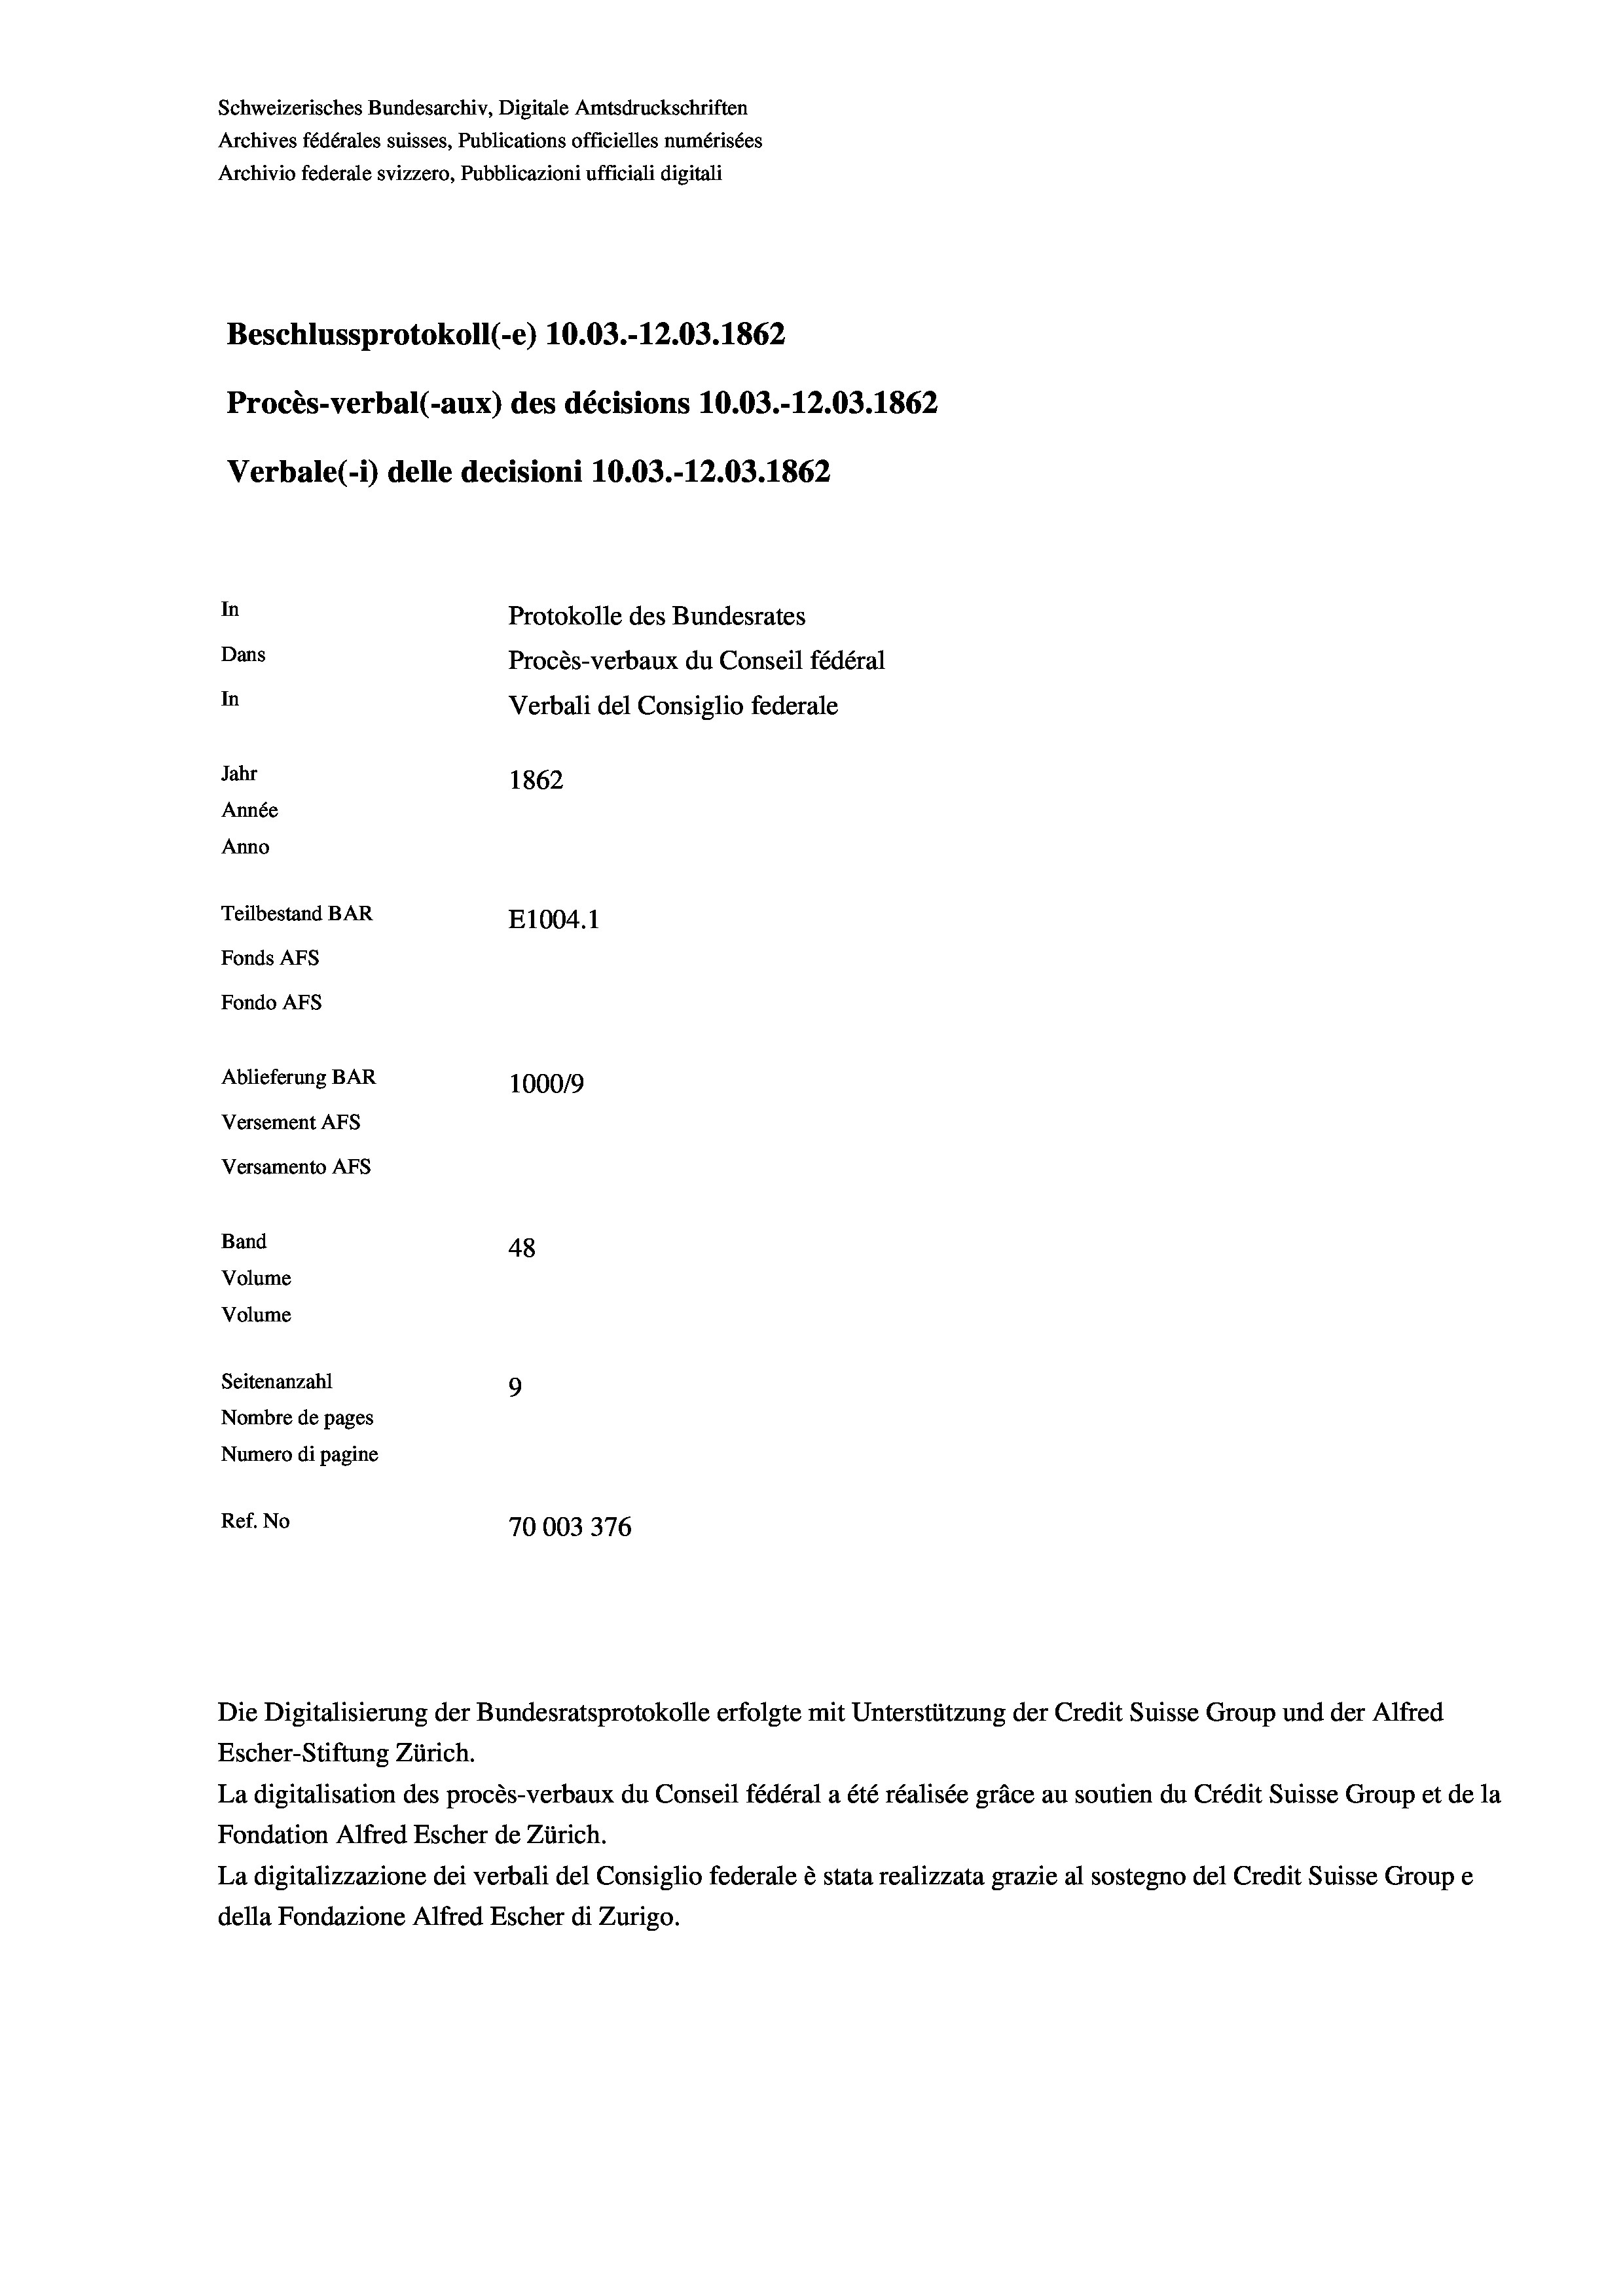
Schweizerisches Bundesarchiv, Digitale Amtsdruckschriften
Archives fédérales suisses, Publications officielles numérisées
Archivio federale svizzero, Pubblicazioni ufficiali digitali
Beschlussprotokoll (-e) 10.03.-12.03. 1862
Procès-verbal (-aux) des décisions 10.03.-12.03. 1862
Verbale (- 1) delle decisioni 10.03.-12.03. 1862
In
Protokolle des Bundesrates
Dans
Procès-verbaux du Conseil fédéral
In
Verbali del Consiglio federale
Jahr
1862
Année
Anno
Teilbestand BAR
E1004.1
Fonds AFs
Fondo Afs
Ablieferung BAR
100019
Versement AFs
Versamento AFs
Band
48
Volume
Volume
Seitenanzahl
9
Nombre de pages
Numero di pagine
Ref. No
70003376

Escher-Stiftung Zürich.
La digitalisation des procès-verbaux du Conseil fédéral a été réalisée gräce au soutien du Crédit Suisse Group et de la
Fondation Alfred Escher de Zürich.
La digitalizzazione dei verbali del Consiglio federale è stata realizzata grazie al sostegno del Credit Suisse Groupe
della Fondazione Alfred Escher di Zurigo.

Die Digitalisierung der Bundesratsprotokolle erfolgte mit Unterstützung der Credit Suisse Group und der Alfred